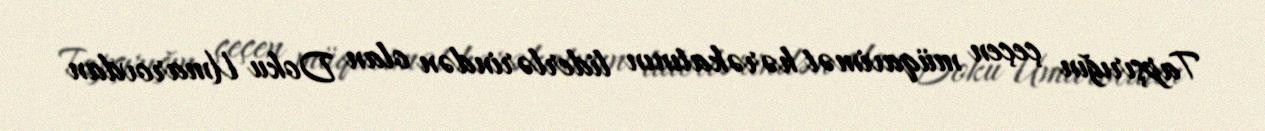
Tapşırığın çeçen müqavimət hərəkatının liderlərindən olan Doku Umarovdan